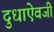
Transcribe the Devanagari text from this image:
दुधाऐवजी